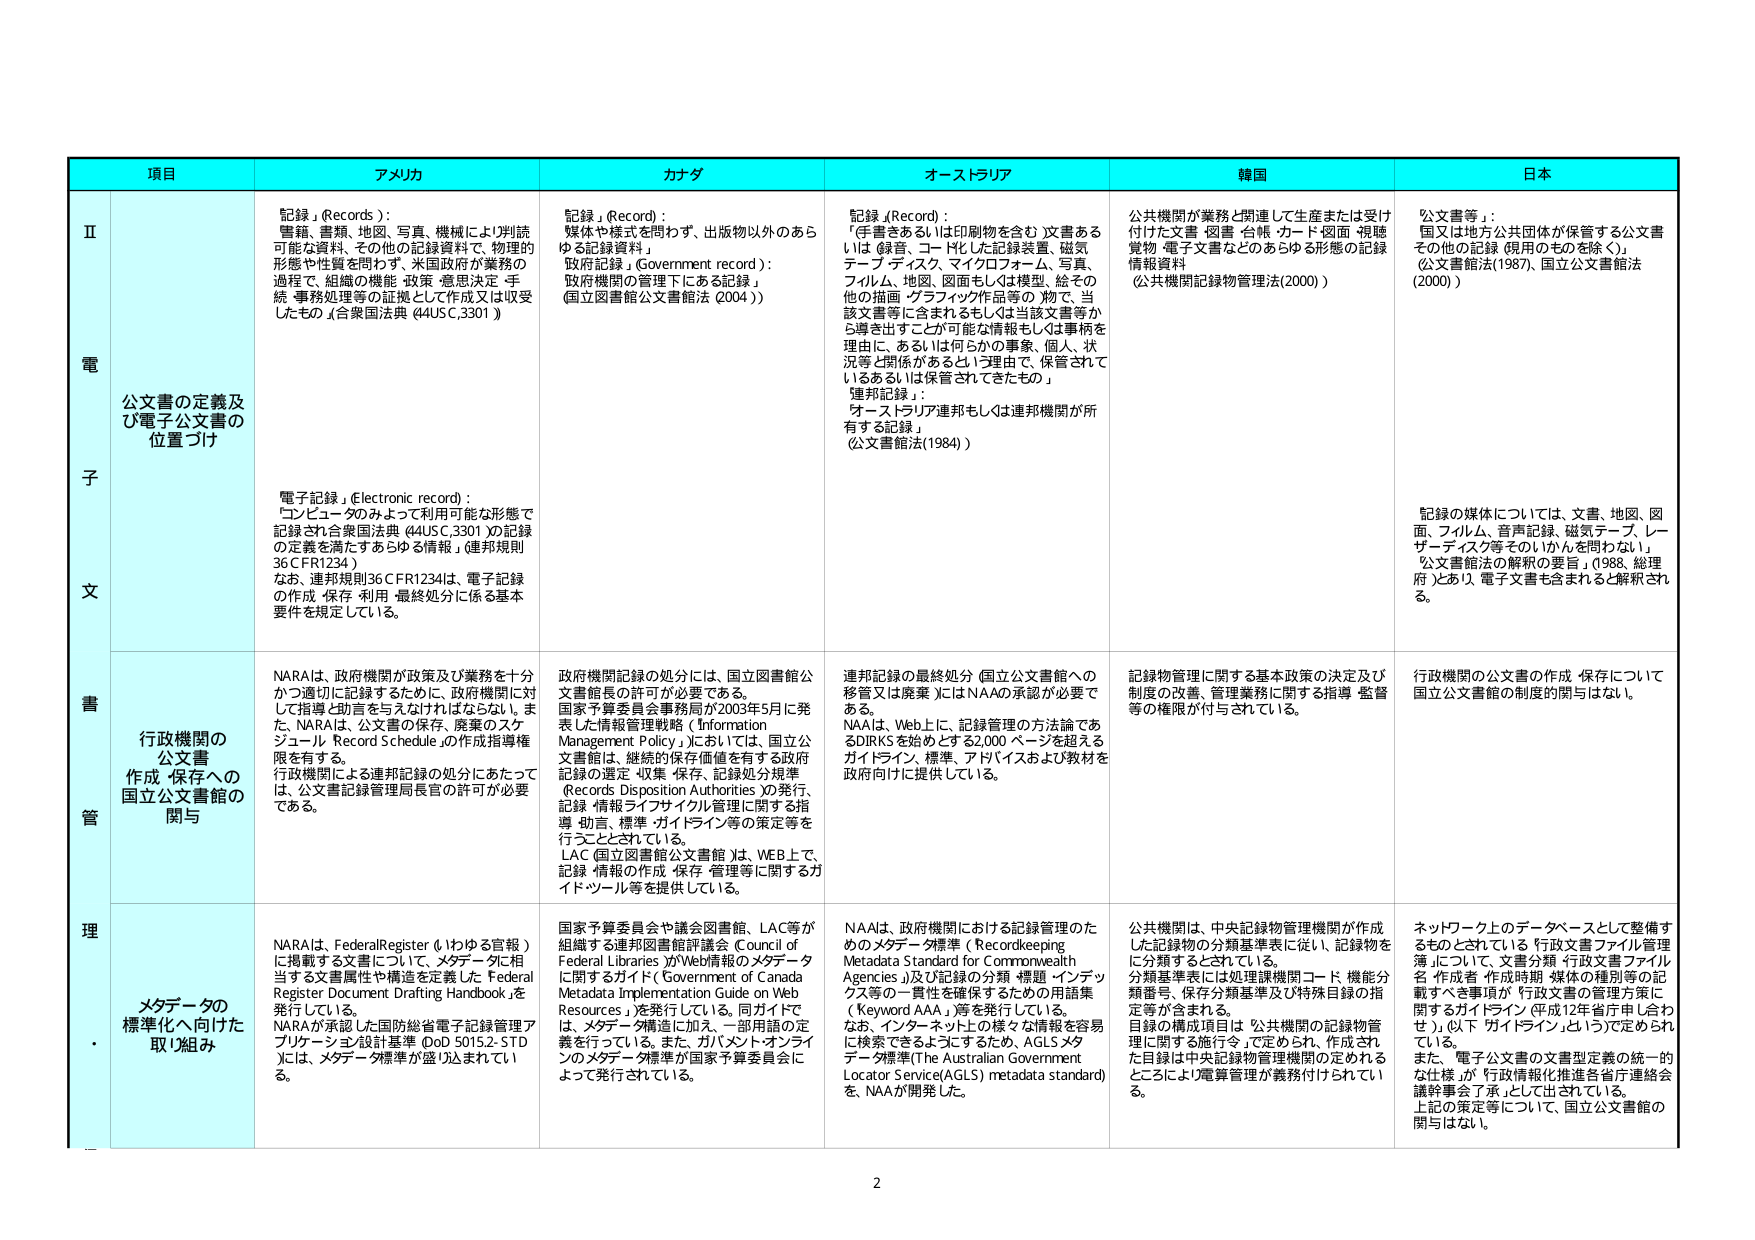
項目 アメリカ カナダ オーストラリア 韓国 日本
Ⅱ 電子文書管理 公文書の定義及び電子公文書の位置づけ
「記録」(Records)： 書籍、書類、地図、写真、機械により判読可能な資料、その他の記録資料で、物理的形態や性質を問わず、米国政府が業務の過程で、組織の機能・政策・意思決定・手続・事務処理等の証拠として作成又は収受したもの（「合衆国法典（44USC,3301）」）
「記録」(Record)： 媒体や様式を問わず、出版物以外のあらゆる記録資料」 政府記録（Government record）： 政府機関の管理下にある記録」 （国立図書館公文書館法（2004））
「記録」(Record)： 「手書きあるいは印刷物を含む」文書あるいは「録音、コード化した記録装置、磁気テープ・ディスク、マイクロフォーム、写真、フィルム、地図、図面もしくは模型、絵その他 の描画・グラフィック作品等の」物で、当該文書等に含まれるもしくは当該文書等から導き出すことが可能な情報もしくは事柄を理由に、あるいは何らかの事象、個人、状況等と関係があるという理由で、保管されているあるいは保管されてきたもの」 「連邦記録」： 「オーストラリア連邦もしくは連邦機関が所有する記録」 （公文書館法(1984)）
公共機関が業務と関連して生産または受け付けた文書・図書・台帳・カード・図面・視聴覚物・電子文書などのあらゆる形態の記録情報資料 （公共機関記録物管理法(2000)）
「公文書等」： 国又は地方公共団体が保管する公文書その他の記録（現用のものを除く）。 （公文書館法(1987)、国立公文書館法(2000)）
「電子記録」(Electronic record)： 「コンピュータのみよって利用可能な形態で記録され合衆国法典（44USC,3301）の記録の定義を満たすあらゆる情報」（連邦規則36 CFR1234） なお、連邦規則36 CFR1234は、電子記録の作成・保存・利用・最終処分に係る基本要件を規定している。
記録の媒体については、文書、地図、図面、フィルム、音声記録、磁気テープ、レーザーディスク等そのいかんを問わない」 「公文書館法の解釈の要旨」（1988、総理府）とあり、電子文書も含まれると解釈される。
行政機関の公文書作成・保存への国立公文書館の関与
NARAは、政府機関が政策及び業務を十分かつ適切に記録するために、政府機関に対して指導と助言を与えなければならない。また、NARAは、公文書の保存、廃棄のスケジュール「Record Schedule」の作成指導権限を有する。 行政機関による連邦記録の処分にあたっては、公文書記録管理局長官の許可が必要である。
政府機関記録の処分には、国立図書館公文書館長の許可が必要である。 国家予算委員会事務局が2003年5月に発表した情報管理戦略（Information Management Policy）においては、国立公文書館は、継続的保存価値を有する政府記録の選定・収集・保存、記録処分規程（Records Disposition Authorities）の発行、記録・情報ライフサイクル管理に関する指導・助言、標準・ガイドライン等の策定等を行うこととされている。 LAC（国立図書館公文書館）は、WEB上で、記録・情報の作成・保存・管理等に関するガイド・ツール等を提供している。
連邦記録の最終処分（国立公文書館への移管又は廃棄）にはNAAの承認が必要である。 NAAは、Web上に、記録管理の方法論であるDIRKSを始めとする2,000ページを超えるガイドライン、標準、アドバイスおよび教材を政府向けに提供している。
記録物管理に関する基本政策の決定及び制度の改善、管理業務に関する指導・監督等の権限が付与されている。
行政機関の公文書の作成・保存について国立公文書館の制度的関与はない。
メタデータの標準化へ向けた取り組み
NARAは、Federal Register（「わゆる官報」）に掲載する文書について、メタデータに相当する文書属性や構造を定義した「Federal Register Document Drafting Handbook」を発行している。 NARAが承認した国防総省電子記録管理アプリケーション設計基準（DoD 50152-STD）には、メタデータ標準が盛り込まれている。
国家予算委員会や議会図書館、LAC等が組織する連邦図書館評議会（Council of Federal Libraries）がWeb情報のメタデータに関するガイド（Government of Canada Metadata Implementation Guide on Web Resources）を発行している。同ガイドでは、メタデータ構造に加え、一部用語の定義を行っている。また、ガバメント・オンラインのメタデータ標準が国家予算委員会によって発行されている。
NAAは、政府機関における記録管理のためのメタデータ標準（Recordkeeping Metadata Standard for Commonwealth Agencies）及び記録の分類・標題・インデックス等の一貫性を確保するための用語集（Keyword AAA）等を発行している。 なお、インターネット上の様々な情報を容易に検索できるようにするため、AGLSメタデータ標準(The Australian Government Locator Service(AGLS) metadata standard)を、NAAが開発した。
公共機関は、中央記録物管理機関が作成した記録物の分類基準表に従い、記録物を分類するとされている。 分類基準表には処理課機関コード、機能分類番号、保存分類基準及び特殊目録の指定等が含まれる。 目録の構成項目は「公共機関の記録物管理に関する施行令」で定められ、作成された目録は中央記録物管理機関の定められたところにより電算管理が義務付けられている。
ネットワーク上のデータベースとして整備するものとされている「行政文書ファイル管理簿」について、文書分類・行政文書ファイル名・作成者・作成時期・媒体の種別等の記載すべき事項が「行政文書の管理方策に関するガイドライン（平成12年省庁申し合わせ）」（以下「ガイドライン」という）で定められている。 また、「電子公文書の文書型定義の統一的な仕様」が「行政情報化推進各省庁連絡会議幹事会」が「承」として出されている。 上記の策定等について、国立公文書館の関与はない。
2